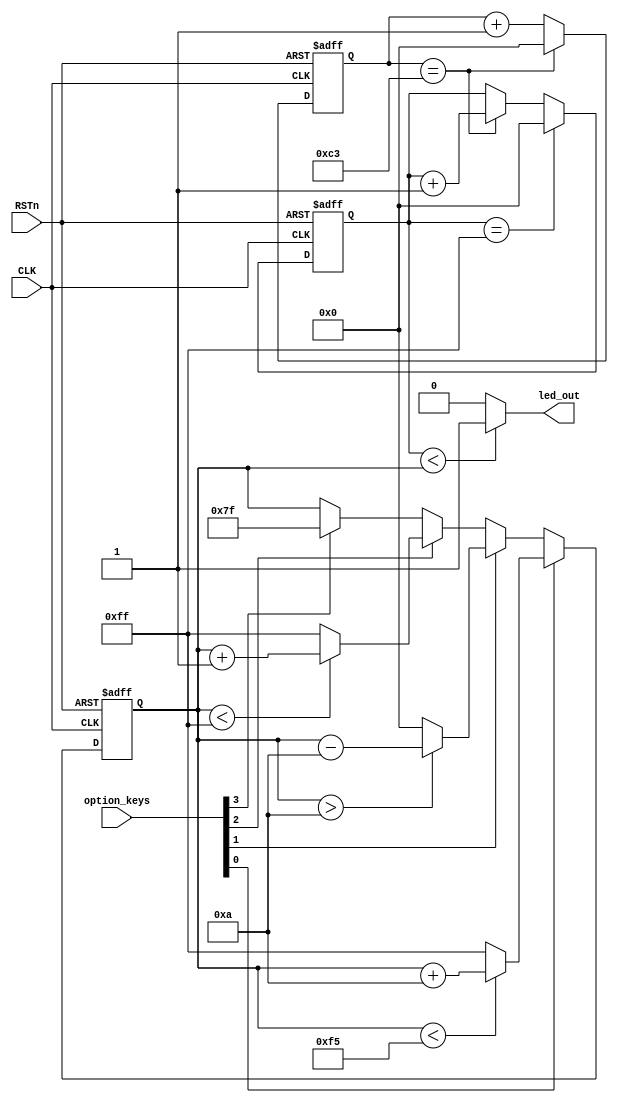
`timescale 1ns / 1ps
//////////////////////////////////////////////////////////////////////////////////
// Company: 
// Engineer: 
// 
// Design Name: 
// Module Name:    optional_pwm_module 
// Project Name: 
// Target Devices: 
// Tool versions: 
// Description: 
//
// Dependencies: 
//
// Revision: 
// Revision 0.01 - File Created
// Additional Comments: 
//
//////////////////////////////////////////////////////////////////////////////////
module optional_pwm_module(
    CLK,
    RSTn,
    option_keys,
    led_out
    );
    
    input CLK;
    input RSTn;
    input [3:0]option_keys;
    output led_out;

    /*
     * 1KHz256
     * t = 1ms/256=3.9us
     * 50MHz n=50 * 3.9 = 195
     */
    // 3.9us
    parameter SEGMENT = 8'd195;
    
    reg [7:0]count;
    
    always @(posedge CLK or negedge RSTn) begin
        if(!RSTn)
            count <= 8'd0;
        else if(count == SEGMENT)
            count <= 8'd0;
        else
            count <= count + 1'b1;
    end
    
    
    reg [7:0]system_seg;
    
    always @(posedge CLK or negedge RSTn) begin
        if(!RSTn)
            system_seg <= 8'd0;
        else if (system_seg == 8'd255)
            system_seg <= 8'd0;
        else if (count == SEGMENT)
            system_seg <= system_seg + 1'b1;
    end
    
    reg [7:0]option_seg;
    
    always @(posedge CLK or negedge RSTn) begin
        if (!RSTn)
            option_seg <= 8'd0;
        else if (option_keys[0]) begin // PWM+10
            if(option_seg < 8'd245)
                option_seg <= option_seg + 8'd10;
            else
                option_seg <= 8'd255;
        end
        else if (option_keys[1]) begin // PWM-10
            if (option_seg > 8'd10)
                option_seg <= option_seg - 8'd10;
            else
                option_seg <= 8'd0;
        end
        else if (option_keys[2]) begin // PWM+1
            if(option_seg < 8'd255)
                option_seg <= option_seg + 8'd1;
            else
                option_seg <= 8'd255;
        end
        else if (option_keys[3]) begin // half PWM
                option_seg <= 8'd127;
        end
    end
    
    // led
    assign led_out = (system_seg < option_seg) ? 1'b1 :1'b0;
    // buzzer
    // assign led_out = (system_seg < option_seg) ? 1'b0 :1'b1;

endmodule

/*
 * PWM1ms:
 *  
 *  20ms 
 * key20ms option_seg0/255 (option_seg1/50us=20ns)
 */